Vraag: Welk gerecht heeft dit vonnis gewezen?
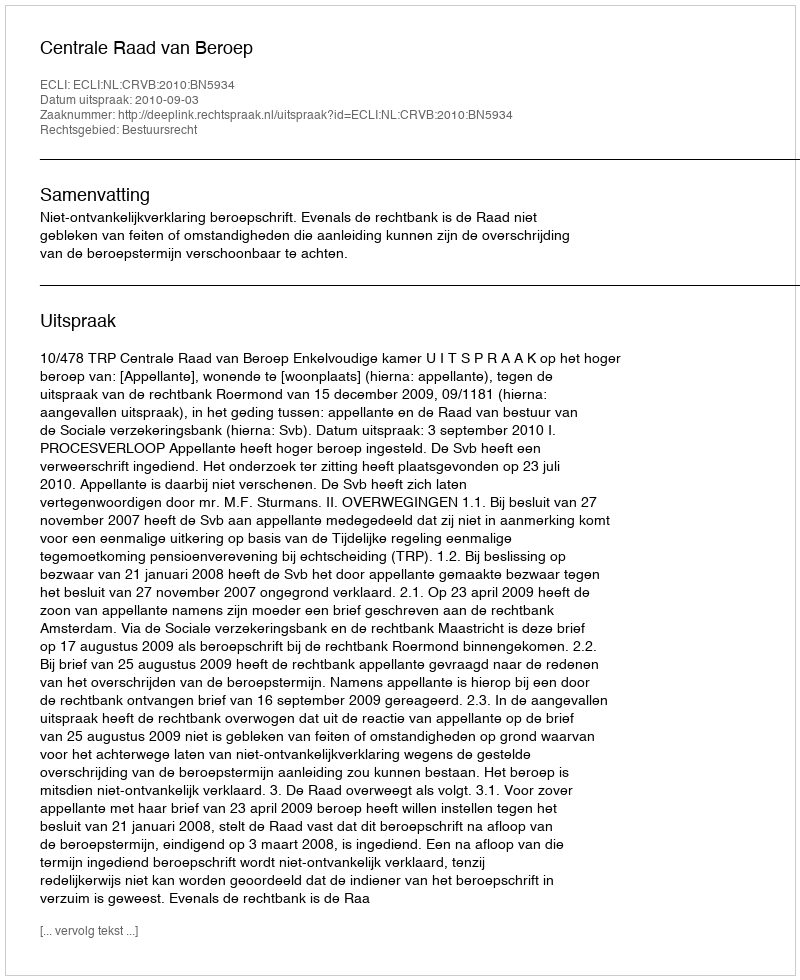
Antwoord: Centrale Raad van Beroep